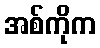
အစ်ကိုက